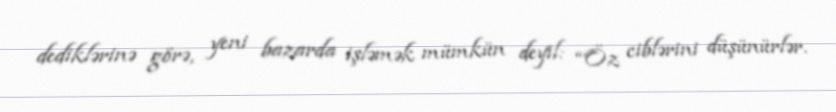
dediklərinə görə, yeni bazarda işləmək mümkün deyil: “Öz ciblərini düşünürlər.